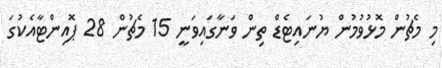
މި މެޗުން މޮޅުވުމުން ޔުނައިޓެޑް ތިން ވަނާގައިވަނީ 15 މެޗުން 28 ޕޮއިންޓާއެކުގަ